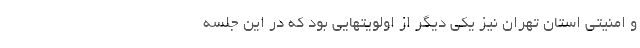
و امنیتی استان تهران نیز یکی دیگر از اولویتهایی بود که در این جلسه